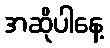
အဆိုပါနေ့